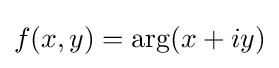
f(x,y)=\arg(x+iy)